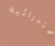
كاتدرائية